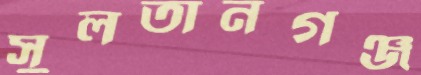
সুলতানগঞ্জ